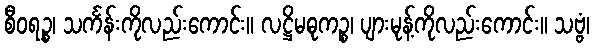
စီဝရဉ္စ၊ သင်္ကန်းကိုလည်းကောင်း။ လဋ္ဌိမဓုကဉ္စ၊ ပျားမုန့်ကိုလည်းကောင်း။ သဗ္ဗံ၊